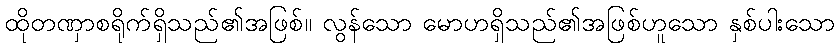
ထိုတဏှာစရိုက်ရှိသည်၏အဖြစ်။ လွန်သော မောဟရှိသည်၏အဖြစ်ဟူသော နှစ်ပါးသော